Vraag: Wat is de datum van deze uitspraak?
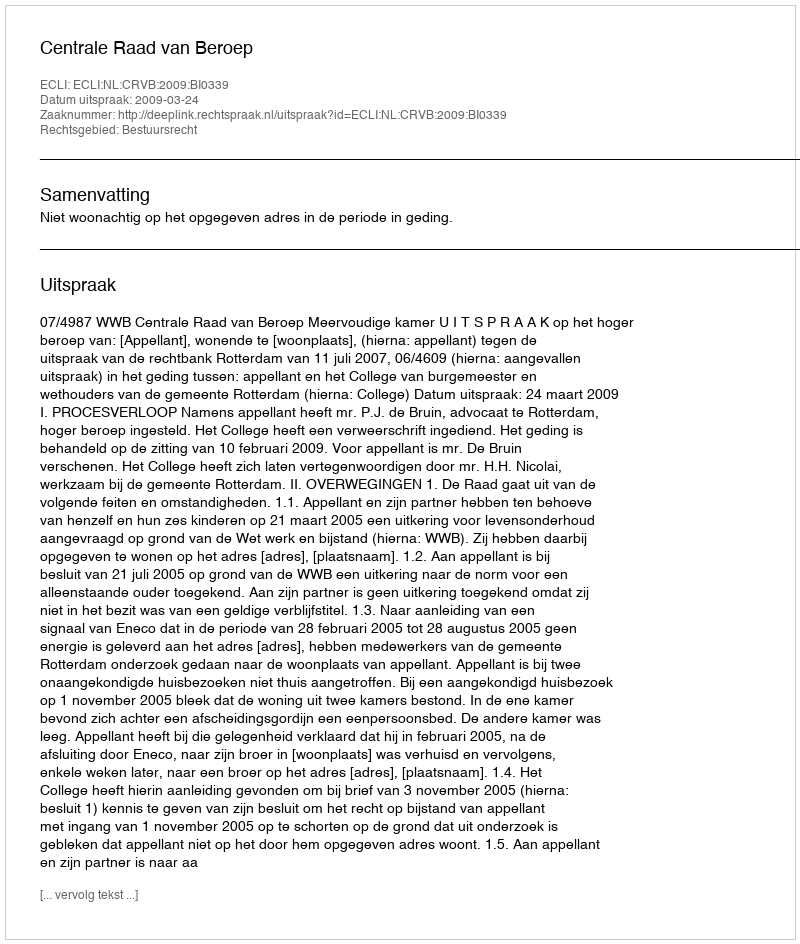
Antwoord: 2009-03-24